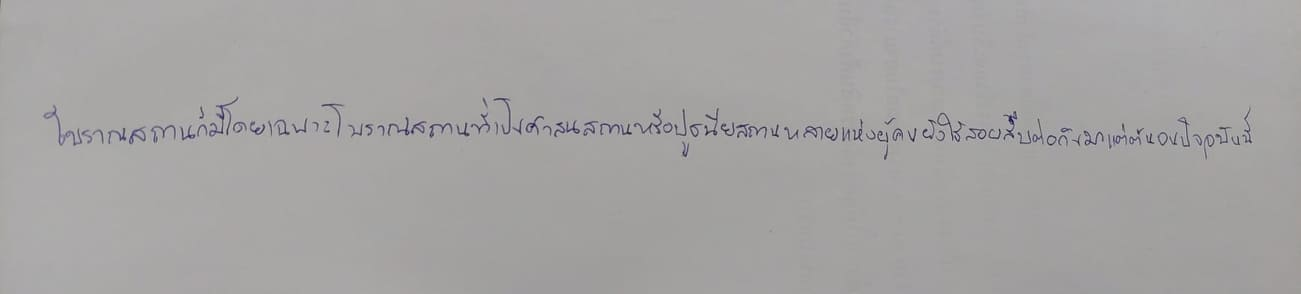
โบราณสถานก็มีโดยเฉพาะโบราณสถานที่เป็นศาสนสถานหรือปูชนียสถานหลายแห่งผู้คนยังใช้สอยสืบต่อกันมาแต่ต้นจนปัจจุบันนี้